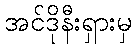
အင်ဒိုနီးရှားမှ